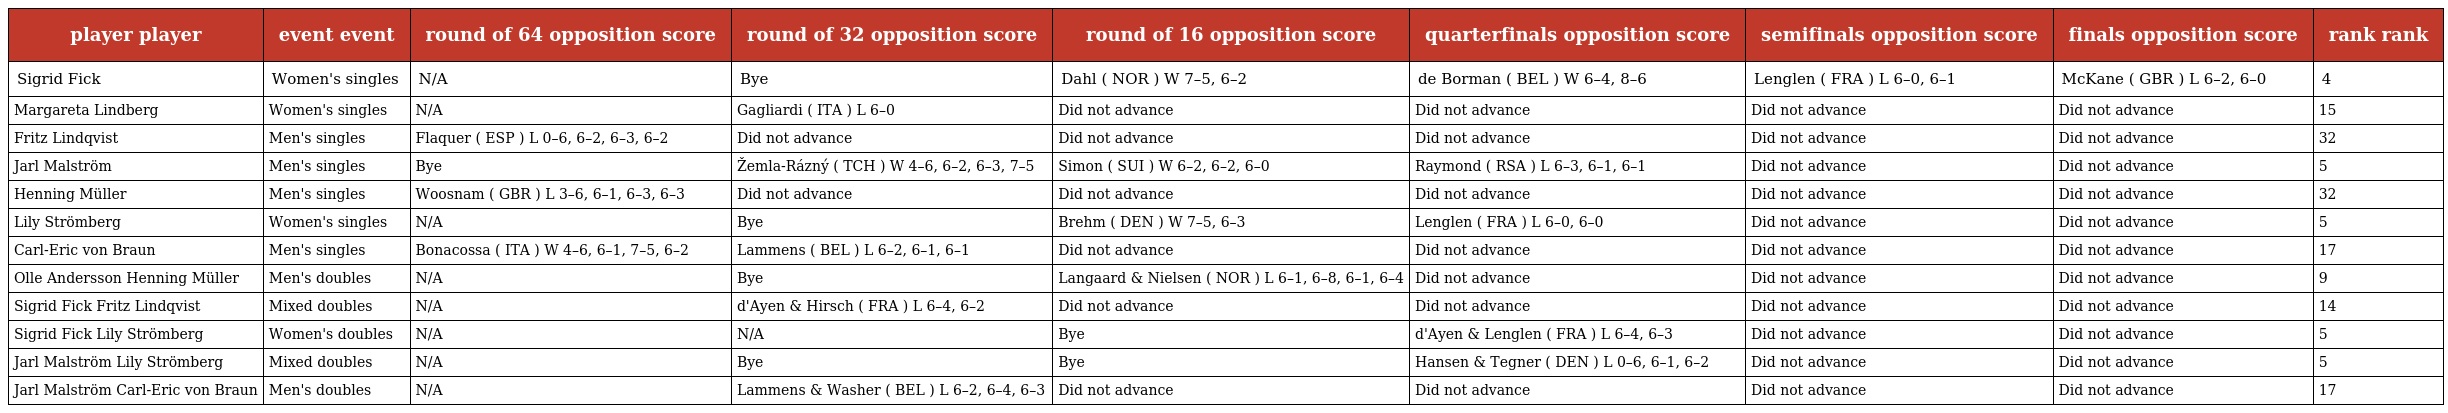
| player player | event event | round of 64 opposition score | round of 32 opposition score | round of 16 opposition score | quarterfinals opposition score | semifinals opposition score | finals opposition score | rank rank |
 | --- | --- | --- | --- | --- | --- | --- | --- | --- |
 | Sigrid Fick | Women's singles | N/A | Bye | Dahl ( NOR ) W 7–5, 6–2 | de Borman ( BEL ) W 6–4, 8–6 | Lenglen ( FRA ) L 6–0, 6–1 | McKane ( GBR ) L 6–2, 6–0 | 4 |
 | Margareta Lindberg | Women's singles | N/A | Gagliardi ( ITA ) L 6–0 | Did not advance | Did not advance | Did not advance | Did not advance | 15 |
 | Fritz Lindqvist | Men's singles | Flaquer ( ESP ) L 0–6, 6–2, 6–3, 6–2 | Did not advance | Did not advance | Did not advance | Did not advance | Did not advance | 32 |
 | Jarl Malström | Men's singles | Bye | Žemla-Rázný ( TCH ) W 4–6, 6–2, 6–3, 7–5 | Simon ( SUI ) W 6–2, 6–2, 6–0 | Raymond ( RSA ) L 6–3, 6–1, 6–1 | Did not advance | Did not advance | 5 |
 | Henning Müller | Men's singles | Woosnam ( GBR ) L 3–6, 6–1, 6–3, 6–3 | Did not advance | Did not advance | Did not advance | Did not advance | Did not advance | 32 |
 | Lily Strömberg | Women's singles | N/A | Bye | Brehm ( DEN ) W 7–5, 6–3 | Lenglen ( FRA ) L 6–0, 6–0 | Did not advance | Did not advance | 5 |
 | Carl-Eric von Braun | Men's singles | Bonacossa ( ITA ) W 4–6, 6–1, 7–5, 6–2 | Lammens ( BEL ) L 6–2, 6–1, 6–1 | Did not advance | Did not advance | Did not advance | Did not advance | 17 |
 | Olle Andersson Henning Müller | Men's doubles | N/A | Bye | Langaard & Nielsen ( NOR ) L 6–1, 6–8, 6–1, 6–4 | Did not advance | Did not advance | Did not advance | 9 |
 | Sigrid Fick Fritz Lindqvist | Mixed doubles | N/A | d'Ayen & Hirsch ( FRA ) L 6–4, 6–2 | Did not advance | Did not advance | Did not advance | Did not advance | 14 |
 | Sigrid Fick Lily Strömberg | Women's doubles | N/A | N/A | Bye | d'Ayen & Lenglen ( FRA ) L 6–4, 6–3 | Did not advance | Did not advance | 5 |
 | Jarl Malström Lily Strömberg | Mixed doubles | N/A | Bye | Bye | Hansen & Tegner ( DEN ) L 0–6, 6–1, 6–2 | Did not advance | Did not advance | 5 |
 | Jarl Malström Carl-Eric von Braun | Men's doubles | N/A | Lammens & Washer ( BEL ) L 6–2, 6–4, 6–3 | Did not advance | Did not advance | Did not advance | Did not advance | 17 |